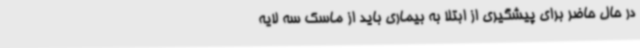
در حال حاضر برای پیشگیری از ابتلا به بیماری باید از ماسک سه لایه